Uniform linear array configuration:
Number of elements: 16
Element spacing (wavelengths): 0.25
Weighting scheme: hann
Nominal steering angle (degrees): -30
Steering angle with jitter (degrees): -29.607
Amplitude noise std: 0.05
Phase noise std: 0.05

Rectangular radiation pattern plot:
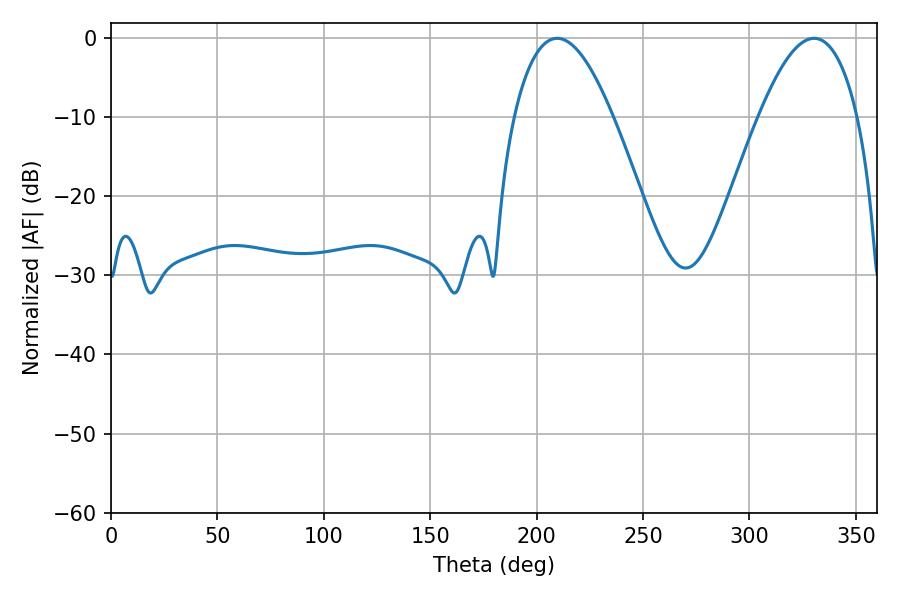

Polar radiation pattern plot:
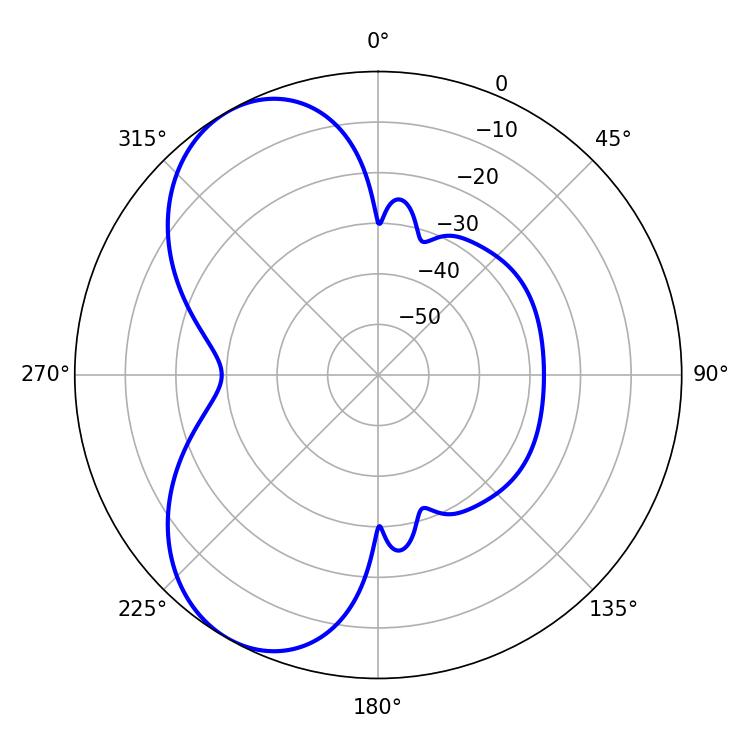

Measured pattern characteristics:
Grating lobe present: FALSE
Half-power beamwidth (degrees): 25.38
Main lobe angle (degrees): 209.7